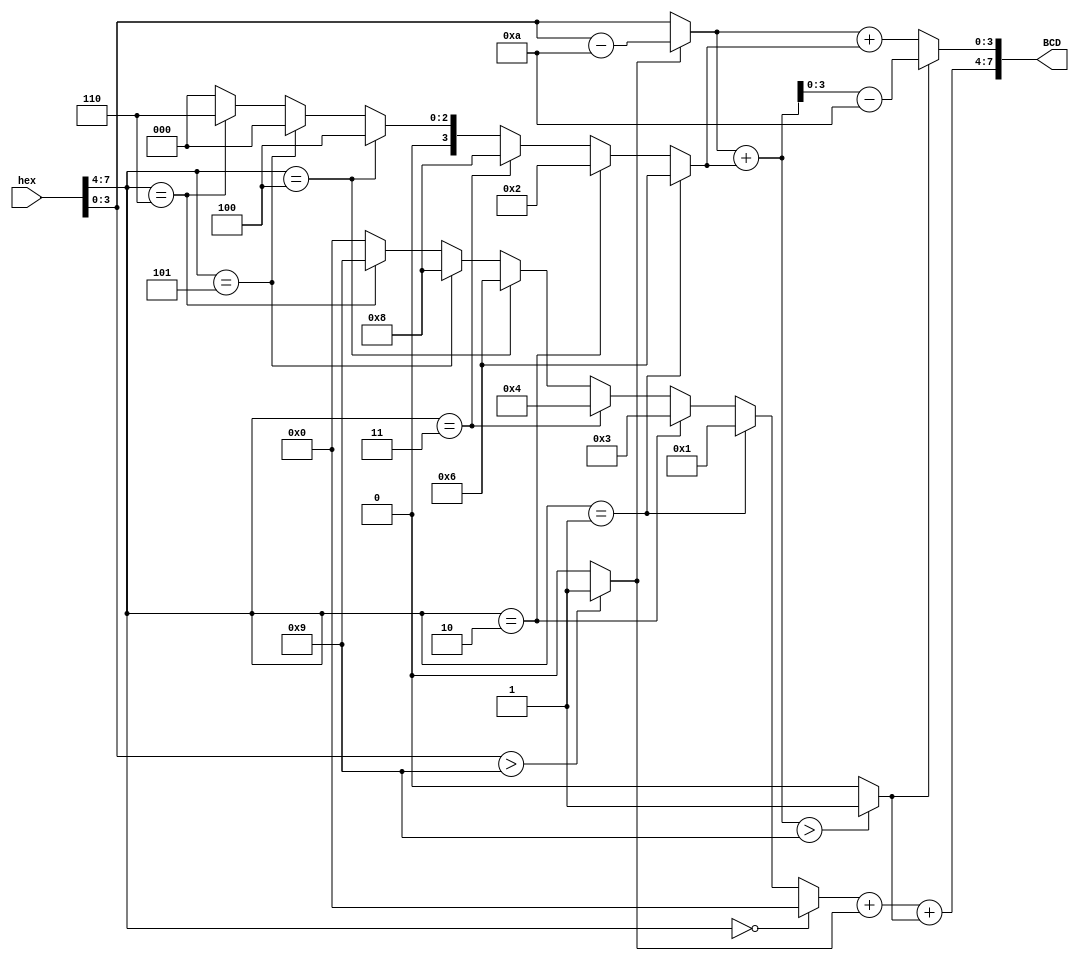
`timescale 1ns / 1ps
//////////////////////////////////////////////////////////////////////////////////
// Company: 
// Engineer: 
// 
// Design Name: 
// Module Name:    hex_8421BCD 
// Project Name: 
// Target Devices: 
// Tool versions: 
// Description: 
//
// Dependencies: 
//
// Revision: 
// Revision 0.01 - File Created
// Additional Comments: 
//
//////////////////////////////////////////////////////////////////////////////////
module hex_8421BCD(
	input [7:0] hex,
	output [7:0] BCD
);

wire [3:0] gw;
wire [3:0] bw;

wire [3:0] linshi;

wire jw1;
wire jw2;

wire [3:0] hex_;
wire [3:0] _hex;

assign linshi = (
	hex[7:4] == 4'h1 ? 4'd6 :(
		hex[7:4] == 4'h2 ? 4'd2 : (
			hex[7:4] == 4'h3 ? 4'd8 : (
				hex[7:4] == 4'h4 ? 4'd4 : (
					hex[7:4] == 4'h5 ? 4'd0 : (
						hex[7:4] == 4'h6 ? 4'd6 : 4'd0
					)
				)
			)
		)
	)
);

assign jw1 = hex[3:0] > 4'd9 ? 1 : 0;
assign hex_ = (jw1 == 1 ? hex[3:0] - 4'd10 : hex[3:0]);

wire [7:0] ystemp;
assign ystemp = hex_ + linshi;

assign jw2 = ystemp > 8'd9 ? 1 : 0;

wire [7:0] yunsuantemp;

assign yunsuantemp = hex_ + linshi - 8'd10;

assign BCD[3:0] = (jw2 == 1 ? yunsuantemp[3:0] : hex_ + linshi);

assign _hex = (
	hex[7:4] == 4'h0 ? 4'd0 : (
		hex[7:4] == 4'h1 ? 4'd1 : (
			hex[7:4] == 4'h2 ? 4'd3 : (
				hex[7:4] == 4'h3 ? 4'd4: (
					hex[7:4] == 4'h4 ? 4'd6 : (
						hex[7:4] == 4'h5 ? 4'd8 : (
							hex[7:4] == 4'h6 ? 4'd9 : 4'd0
						)
					)
				)
			)
		)
	)
) + jw1 + jw2;

assign BCD[7:4] = _hex;
endmodule